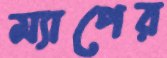
ম্যাপের